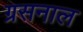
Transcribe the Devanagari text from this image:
ग्रसनाल